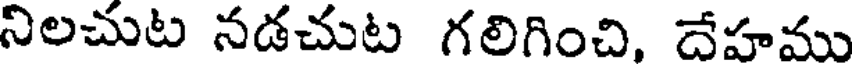
నిలచుట నడచుట గలిగించి, దేహము